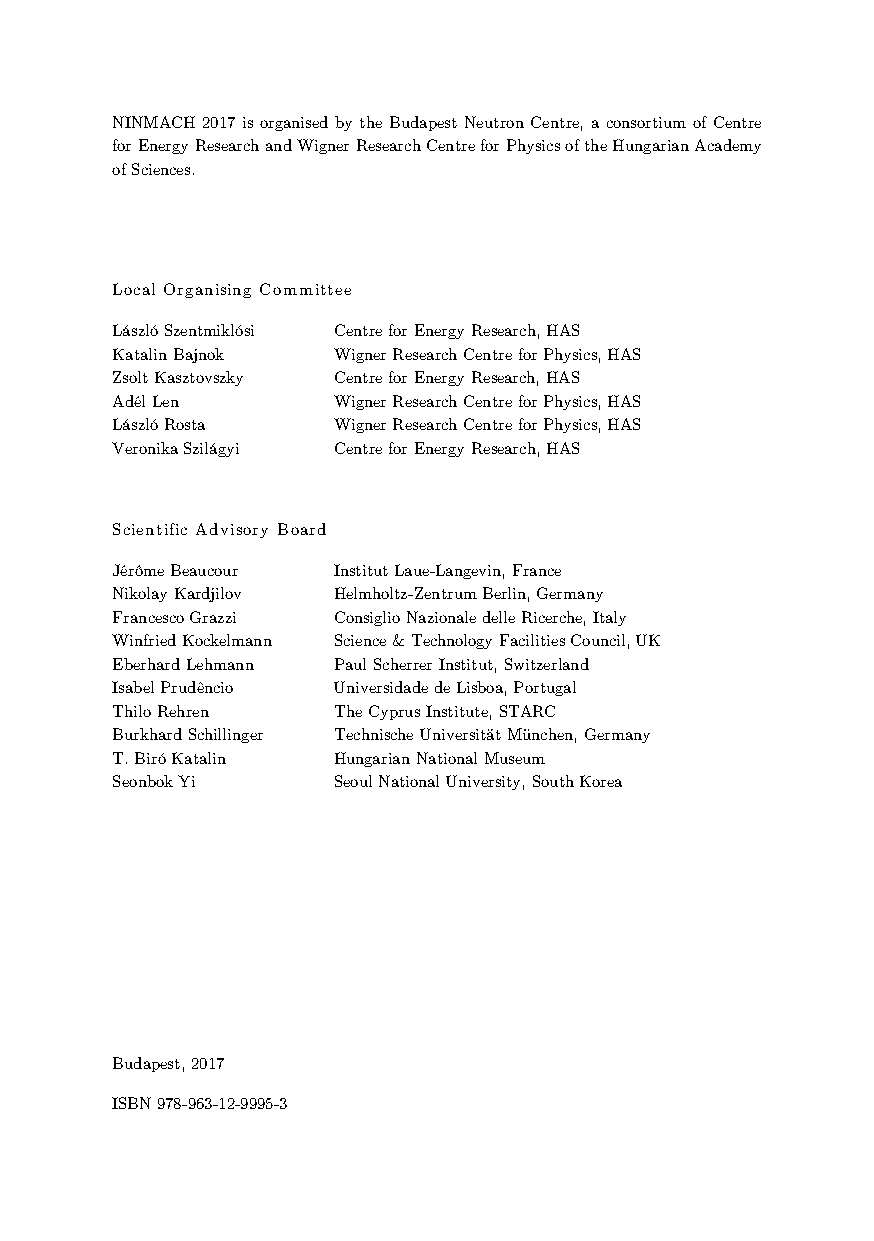
NINMACH 2017 is organised by the Budapest Neutron Centre, a consortium of Centre
 for Energy Research and Wigner Research Centre for Physics of the Hungarian Academy
 of Sciences.
 Local Organising Committee
 László Szentmiklósi Centre for Energy Research, HAS
 Katalin Bajnok Wigner Research Centre for Physics, HAS
 Zsolt Kasztovszky Centre for Energy Research, HAS
 Adél Len       Wigner Research Centre for Physics, HAS
 László Rosta   Wigner Research Centre for Physics, HAS
 Veronika Szilágyi Centre for Energy Research, HAS
 Scientific Advisory Board
 Jérôme Beaucour Institut Laue-Langevin, France
 Nikolay Kardjilov Helmholtz-Zentrum Berlin, Germany
 Francesco Grazzi Consiglio Nazionale delle Ricerche, Italy
 Winfried Kockelmann Science & Technology Facilities Council, UK
 Eberhard Lehmann Paul Scherrer Institut, Switzerland
 Isabel Prudêncio Universidade de Lisboa, Portugal
 Thilo Rehren   The Cyprus Institute, STARC
 Burkhard Schillinger Technische Universität München, Germany
 T. Biró Katalin Hungarian National Museum
 Seonbok Yi     Seoul National University, South Korea
 Budapest, 2017
 ISBN 978-963-12-9995-3